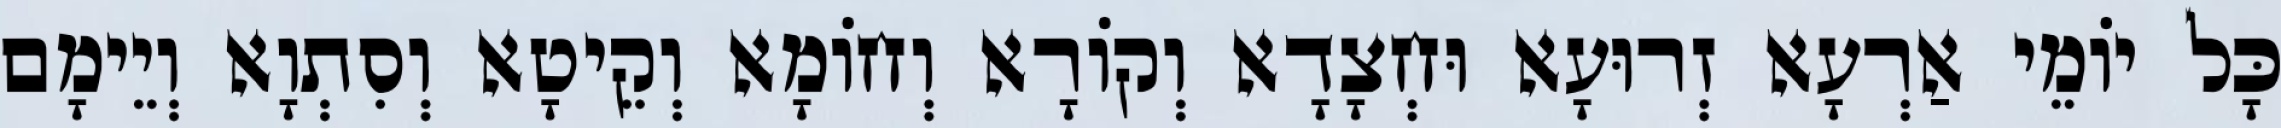
כָּל יוֹמֵי אַרְעָא זְרוּעָא וּחְצָדָא וְקוֹרָא וְחוֹמָא וְקֵיטָא וְסִתְוָא וְיֵימָם